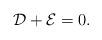
LaTeX: \begin{align*}\mathcal{D}+\mathcal{E}=0.\end{align*}